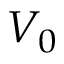
V _ { 0 }